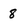
Character: 8